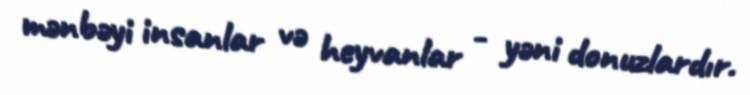
mənbəyi insanlar və heyvanlar - yəni donuzlardır.